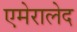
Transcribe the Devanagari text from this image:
एमेरालेद